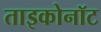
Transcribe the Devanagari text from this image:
ताइकोनॉट